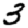
Digit: 3